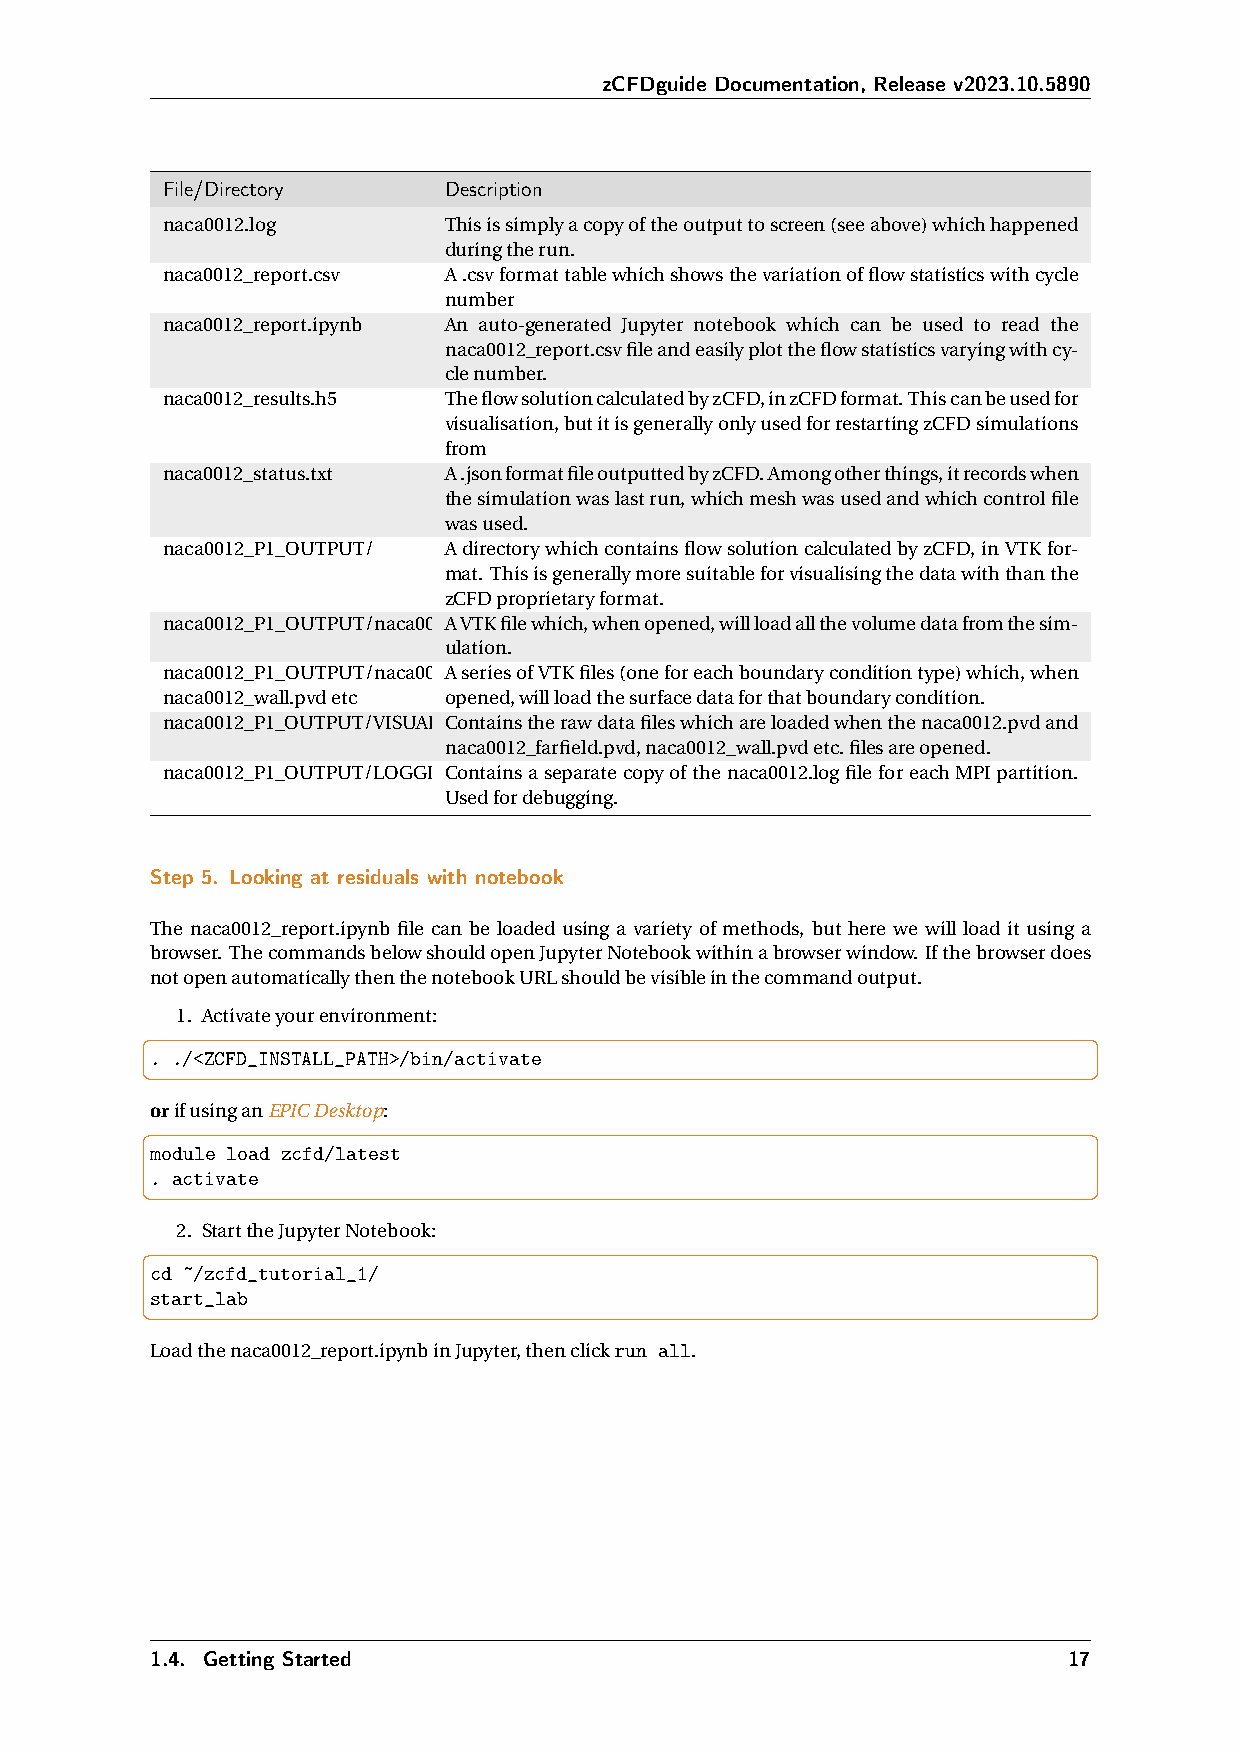
zCFDguide Documentation, Release v2023.10.5890
 File/Directory    Description
 naca0012.log      Thisissimplyacopyoftheoutputtoscreen(seeabove)whichhappened
 duringtherun.
 naca0012_report.csv A.csvformattablewhichshowsthevariationofflowstatisticswithcycle
 number
 naca0012_report.ipynb An auto-generated Jupyter notebook which can be used to read the
 naca0012_report.csvfileandeasilyplottheflowstatisticsvaryingwithcy-
 clenumber.
 naca0012_results.h5 TheflowsolutioncalculatedbyzCFD,inzCFDformat.Thiscanbeusedfor
 visualisation,butitisgenerallyonlyusedforrestartingzCFDsimulations
 from
 naca0012_status.txt A.jsonformatfileoutputtedbyzCFD.Amongotherthings,itrecordswhen
 thesimulationwaslastrun,whichmeshwasusedandwhichcontrolfile
 wasused.
 naca0012_P1_OUTPUT/ AdirectorywhichcontainsflowsolutioncalculatedbyzCFD,inVTKfor-
 mat. Thisisgenerallymoresuitableforvisualisingthedatawiththanthe
 zCFDproprietaryformat.
 naca0012_P1_OUTPUT/naca001A2.VpvTdKfilewhich,whenopened,willloadallthevolumedatafromthesim-
 ulation.
 naca0012_P1_OUTPUT/naca001A2_sfearrifieesldo.fpVvTdK, files(oneforeachboundaryconditiontype)which,when
 naca0012_wall.pvdetc opened,willloadthesurfacedataforthatboundarycondition.
 naca0012_P1_OUTPUT/VISUALICSAoTnItOaiNns/therawdatafileswhichareloadedwhenthenaca0012.pvdand
 naca0012_farfield.pvd,naca0012_wall.pvdetc.filesareopened.
 naca0012_P1_OUTPUT/LOGGINCGo/ntainsaseparatecopyofthenaca0012.logfileforeachMPIpartition.
 Usedfordebugging.
 Step 5. Looking at residuals with notebook
 The naca0012_report.ipynb file can be loaded using a variety of methods, but here we will load it using a
 browser. ThecommandsbelowshouldopenJupyterNotebookwithinabrowserwindow. Ifthebrowserdoes
 notopenautomaticallythenthenotebookURLshouldbevisibleinthecommandoutput.
 1. Activateyourenvironment:
 . ./<ZCFD_INSTALL_PATH>/bin/activate
 orifusinganEPICDesktop:
 module load zcfd/latest
 . activate
 2. StarttheJupyterNotebook:
 cd ~/zcfd_tutorial_1/
 start_lab
 Loadthenaca0012_report.ipynbinJupyter,thenclickrun all.
 1.4. Getting Started                                         17